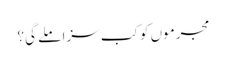
مجرموں کو کب سزا ملے گی؟